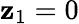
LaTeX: \mathbf{z}_{1}=0